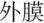
外膜